Indian Medical Review
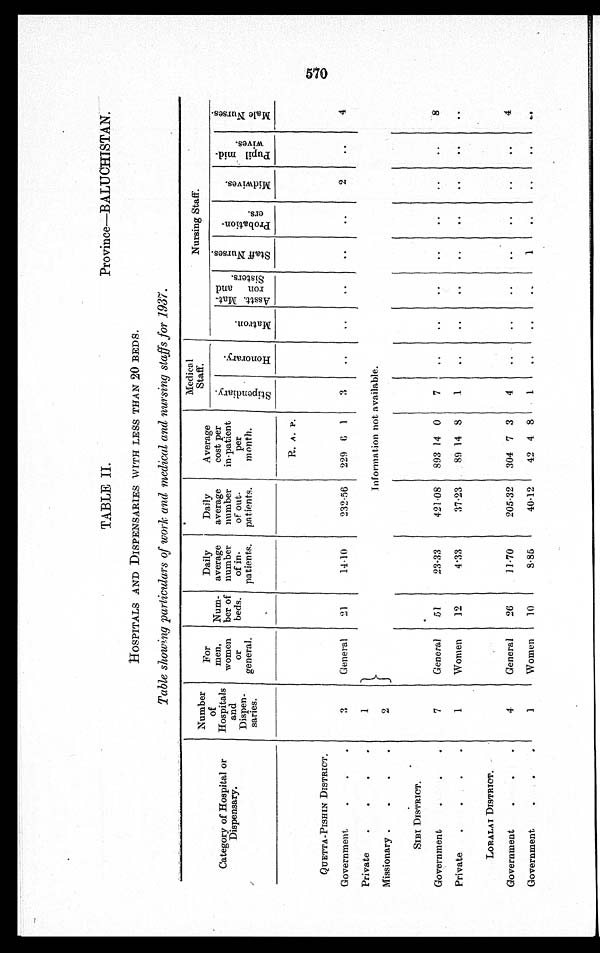
TABLE II
Province—BALUCHISTAN.
HOSPITALS AND DISPENSARIES WITH LESS THAN 20 BEDS.
• Table showing particulars of work and medical, and nursing staffs .for 1937.
C a t e g o r y H o s p i t a l o r D i s p e n s a r y .
N u m b e r o f H o s p i t a l s a n d D i s p e n s a r i e s .
F o r m e n w o m e n o r g e n e r a l .Number od beds.
Da i l y a v e r a g e n u mb e r o f i n - p a t i e n t s .
D a i l y a v e r a g e n u m b e r o f o u t - p a t i e n t s .
Average cost per i n-pat i ent per mont h.
Medical Staff Nursing Staff.
Stipendiary.
Honour ar y.
Matron.As s t . Mat - r on and Si s t er s .
Staff Nurses.Probation-ers.
M e d w i v e s .
Pupil mid-wives.Male Nurses.
R.
A .
P.
QUETTA-PISHIN DISTRICT.
G o v e r n m e n t 3
G e n e r a l
21
14.10
2 3 2 . 5 6
229
6 1 3
2
4
Private
1
Information not available.
Missionary
SIBI DISTRICT.
G o v e r n m e n t
7
G e n e r a l
51
23.33
4 2 1 . 0 8
893 14 0 7
8
P r i v a t e
1
W o m e n
12
4.33
37.23 89 14 8 1
LORALAI DISTRICT.
G o v e r n m e n t
4
G e n e r a l
26
11.70
2 0 5 . 3 2
304 7 3 4
4
G o v e r n m e n t
1
W o m e n
10
8.85
4 0 . 1 2
42 4 8 1
1
570